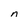
Character: n